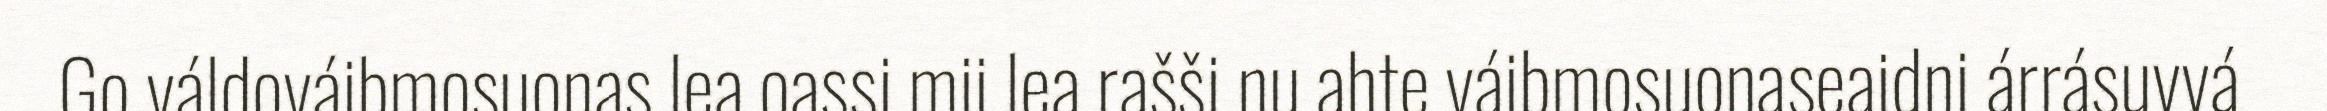
Go váldováibmosuonas lea oassi mii lea rašši nu ahte váibmosuonaseaidni árrásuvvá